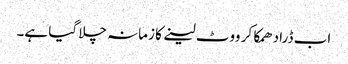
اب ڈرا دھمکا کر ووٹ لینے کا زمانہ چلا گیا ہے۔